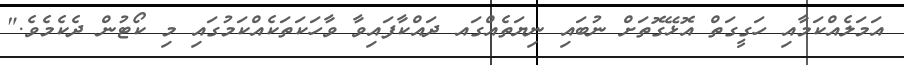
އަމަލެއްކަމާއި ހަގީގަތް އޮޅޭގޮތަށް ނުބައި ނިޔަތެއްގައ ދައްކާފައިވާ ވާހަކަތަކެއްކަމުގައި މި ކޯޓުން ދެކެމެވެ."